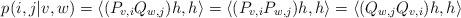
LaTeX: \begin{align*}p(i,j|v,w)=\langle (P_{v,i}Q_{w,j})h,h\rangle=\langle (P_{v,i}P_{w,j})h,h\rangle=\langle (Q_{w,j}Q_{v,i})h,h\rangle\end{align*}